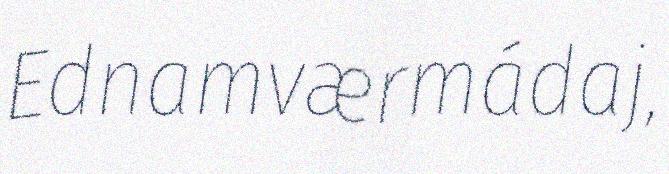
Ednamværmádaj,